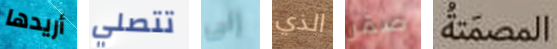
أريدها تتصلي إلى الذي صقر المصمتة